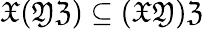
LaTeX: {\mathfrak{X}}({\mathfrak{Y}}{\mathfrak{Z}})\subseteq({\mathfrak{X}}{\mathfrak{Y}}){\mathfrak{Z}}